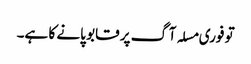
تو فوری مسلہ آگ پر قابو پانے کا ہے۔